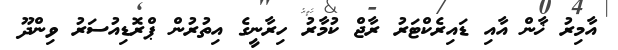
އާމިރު ޚާން އާއި ޑައިރެކްޓަރު ރާޖް ކުމާރު ހިރާނީގެ އިތުރުން ޕްރޮޑިއުސަރު ވިންދޫ